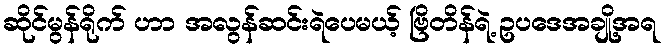
ဆိုင်မွန်ရိုက် ဟာ အလွန်ဆင်းရဲပေမယ့် ဗြိတိန်ရဲ့ ဥပဒေအချို့အရ